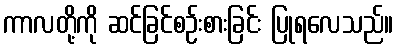
ကာလတို့ကို ဆင်ခြင်စဉ်းစားခြင်း ပြုရလေသည်။